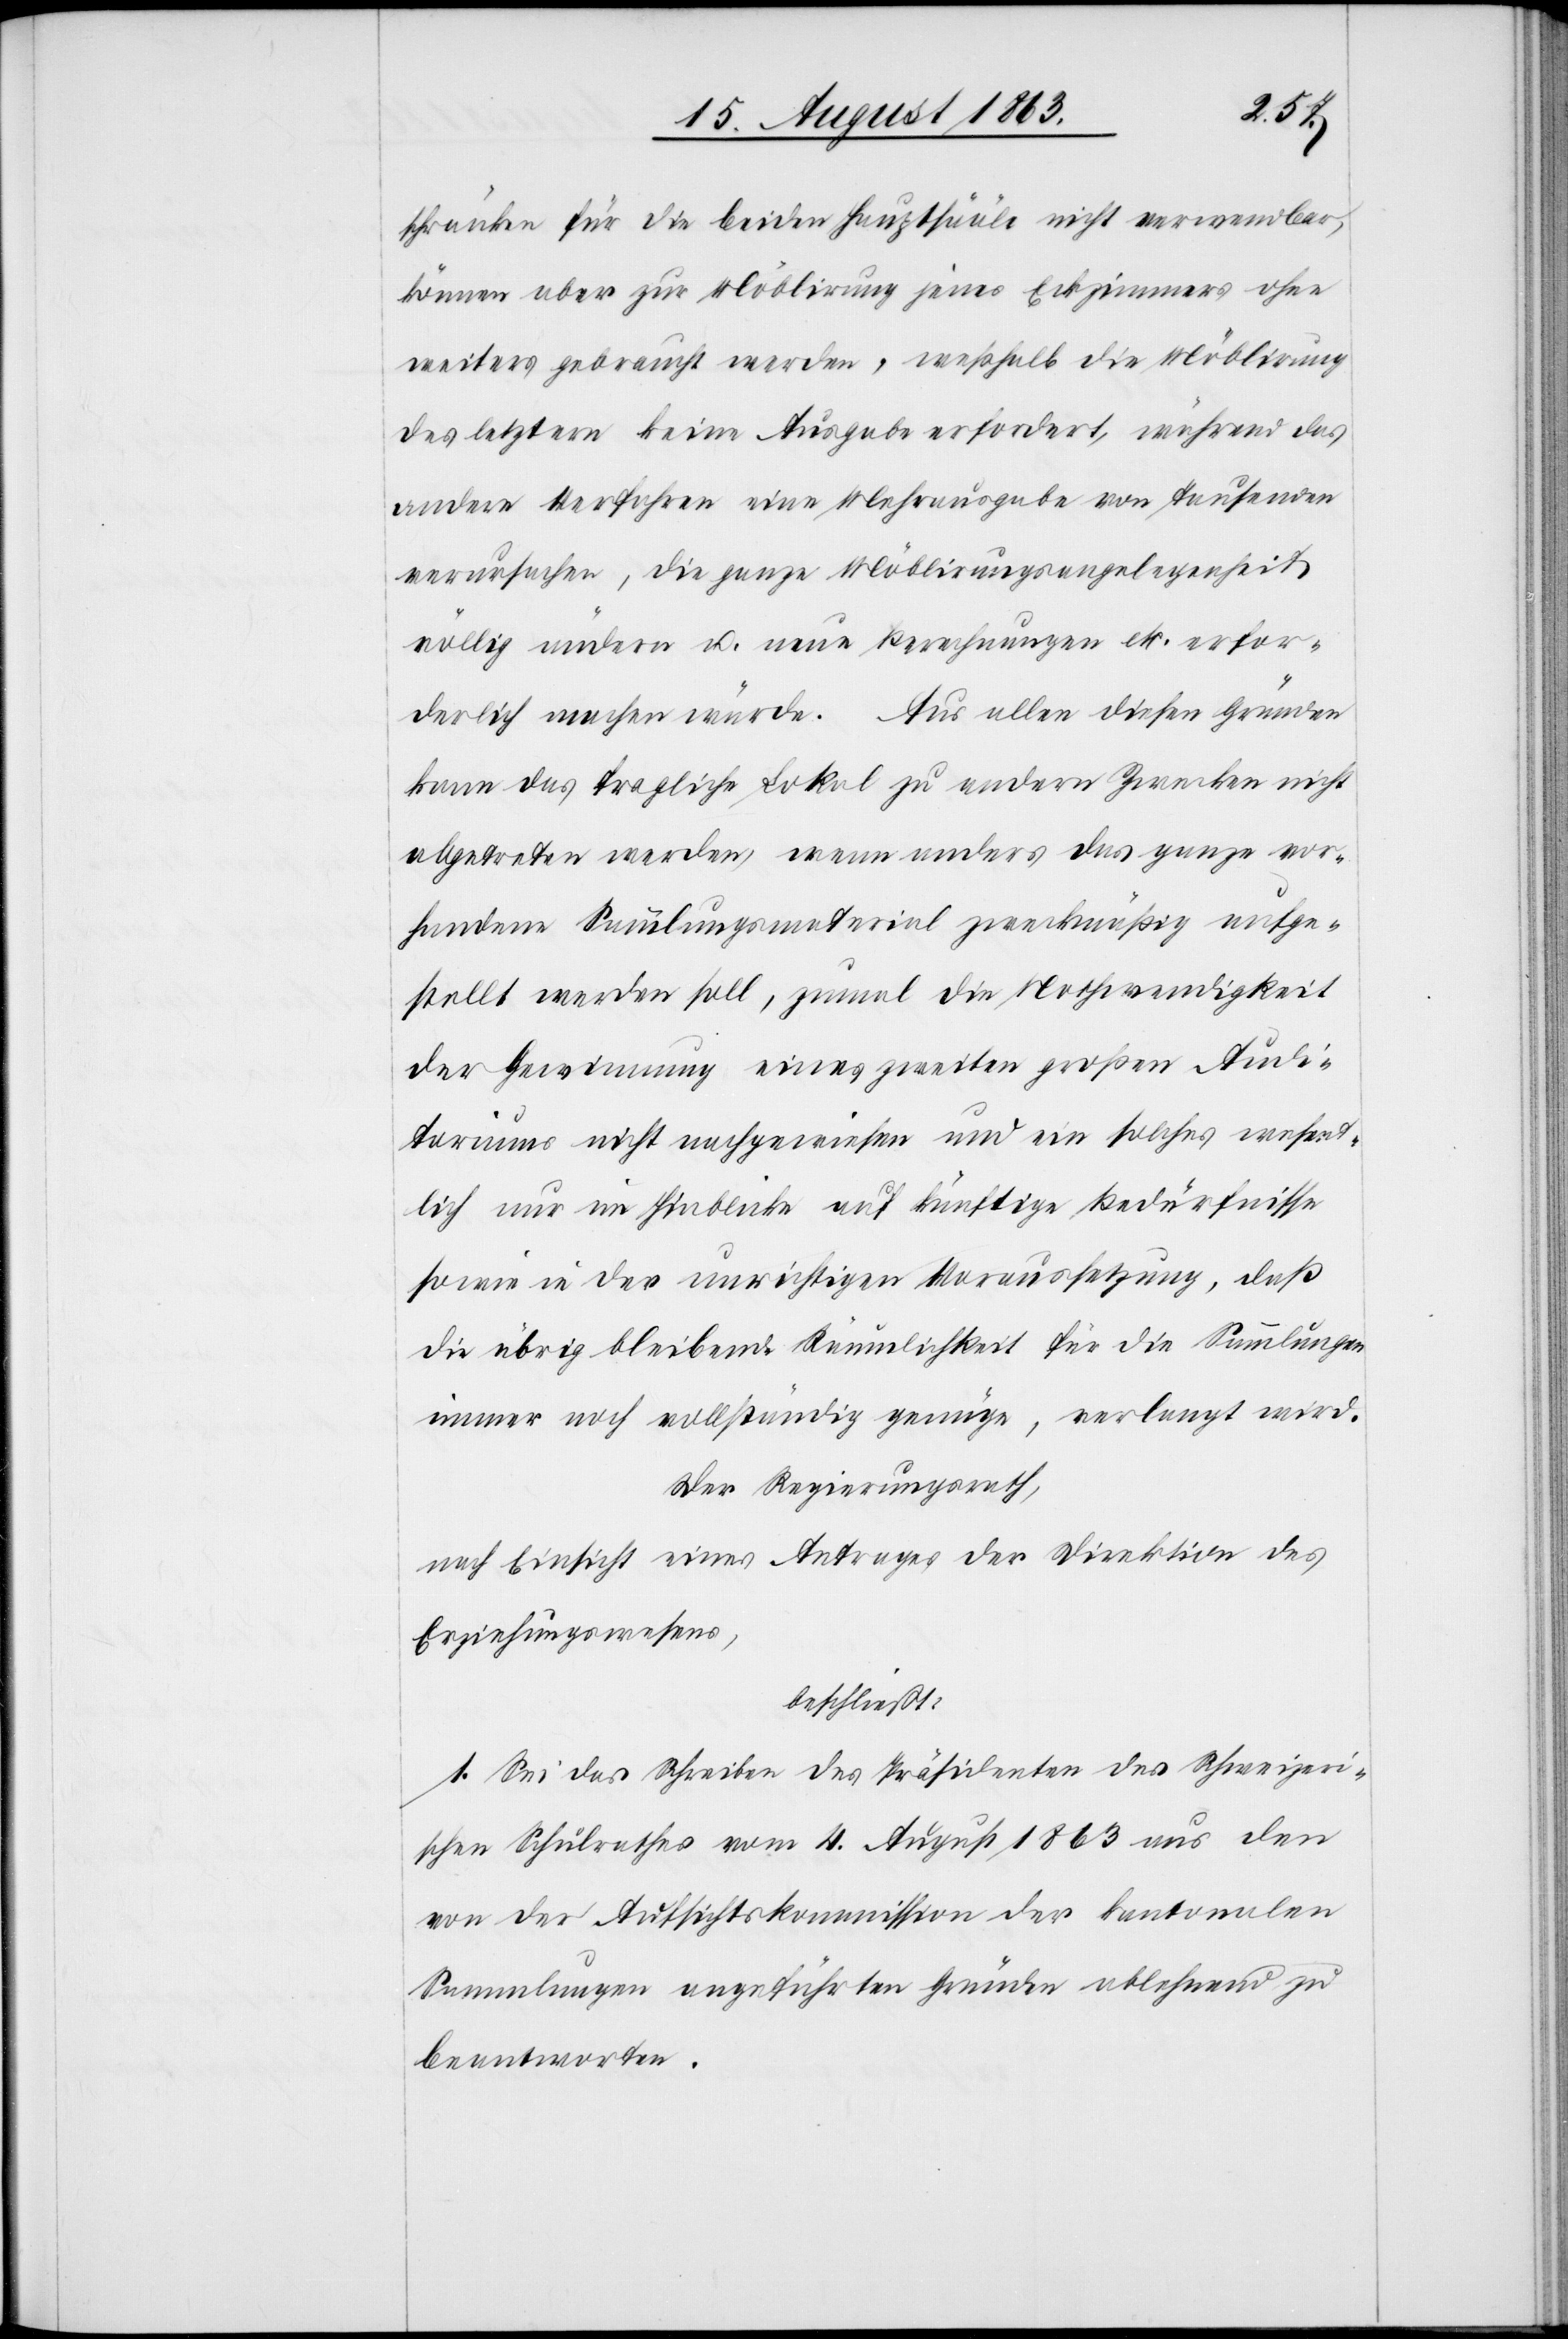
schränken für die beiden Hauptsääle nicht verwendbar,
können aber zur Möblirung jenes Eckzimmers ohne
weiters gebraucht werden, weßhalb die Möblirung
des letztern keine Ausgabe erfordert, während das
andere Verfahren eine Mehrausgabe von Tausenden
verursachen, die ganze Möblirungsangelegenheit
völlig ändern u. neue Berechnungen etc. erfor¬
derlich machen würde. Aus allen diesen Gründen
kann das fragliche Lokal zu andern Zwecken nicht
abgetreten werden, wenn anders das ganze vor¬
handene Sammlungsmaterial zweckmäßig aufge¬
stellt werden soll, zumal die Nothwendigkeit
der Gewinnung eines zweiten großen Audi¬
toriums nicht nachgewiesen und ein solches wesent¬
lich nur im Hinblicke auf künftige Bedürfnisse
sowie in der unrichtigen Voraussetzung, daß
die übrig bleibende Räumlichkeit für die Sammlungen
immer noch vollständig genüge, verlangt wird.
Der Regierungsrath,
nach Einsicht eines Antrages der Direktion des
Erziehungswesens,
beschließt:
1. Sei das Schreiben des Präsidenten des Schweizeri¬
schen Schulrathes vom 4. August 1863 aus den
von der Aufsichtskommission der kantonalen
Sammlungen angeführten Gründen ablehnend zu
beantworten.